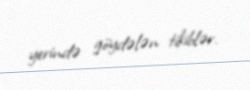
yerində göydələn tikiblər.